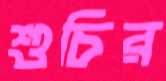
শুচির